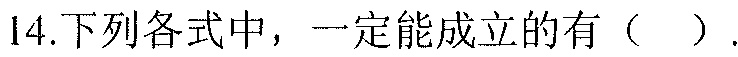
14.下列各式中，一定能成立的有（  ）.